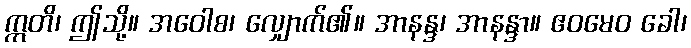
ဣတိ၊ ဤသို့။ အဝေါစ၊ လျှောက်၏။ အာနန္ဒ၊ အာနန္ဒာ။ ဧဝမေဝ ခေါ၊